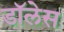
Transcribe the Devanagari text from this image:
डॉलेस